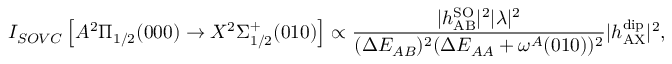
I _ { S O V C } \left[ A ^ { 2 } \Pi _ { 1 / 2 } ( 0 0 0 ) \rightarrow X ^ { 2 } \Sigma _ { 1 / 2 } ^ { + } ( 0 1 0 ) \right] \propto \frac { | h _ { \mathrm { A B } } ^ { \mathrm { S O } } | ^ { 2 } | \lambda | ^ { 2 } } { ( \Delta E _ { A B } ) ^ { 2 } ( \Delta E _ { A A } + \omega ^ { A } ( 0 1 0 ) ) ^ { 2 } } | h _ { \mathrm { A X } } ^ { \mathrm { d i p } } | ^ { 2 } ,